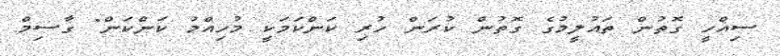
ސިއްހީ ގޮތުން ތައުލީމުގެ ގޮތުން ކުރަން ހުރި ކަންކަމަކީ މުހިއްމު ކަންކަން" ގާސިމް